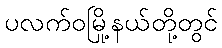
ပလက်ဝမြို့နယ်တို့တွင်